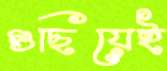
গুছিয়েই